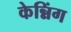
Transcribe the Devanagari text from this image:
केन्निंग